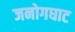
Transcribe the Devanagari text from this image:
जनोगघाट